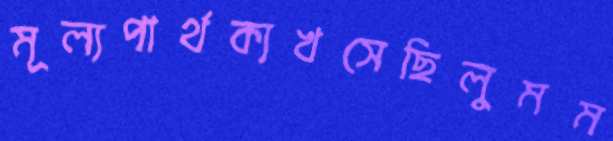
মূল্যপার্থক্যখসেছিলুমম